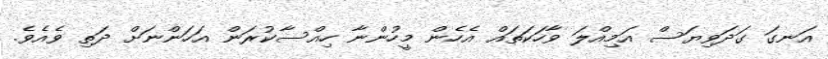
އަނގަ ގަދަވިޔަސް އަމިއްލަ ވާހަކަތައް އެހެން މީހުންނާ ހިއްސާކުރަން އަހަންނަށް ދަތި ވެއެވެ.